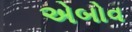
એબોવ